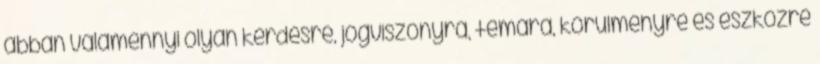
abban valamennyi olyan kérdésre, jogviszonyra, témára, körülményre és eszközre